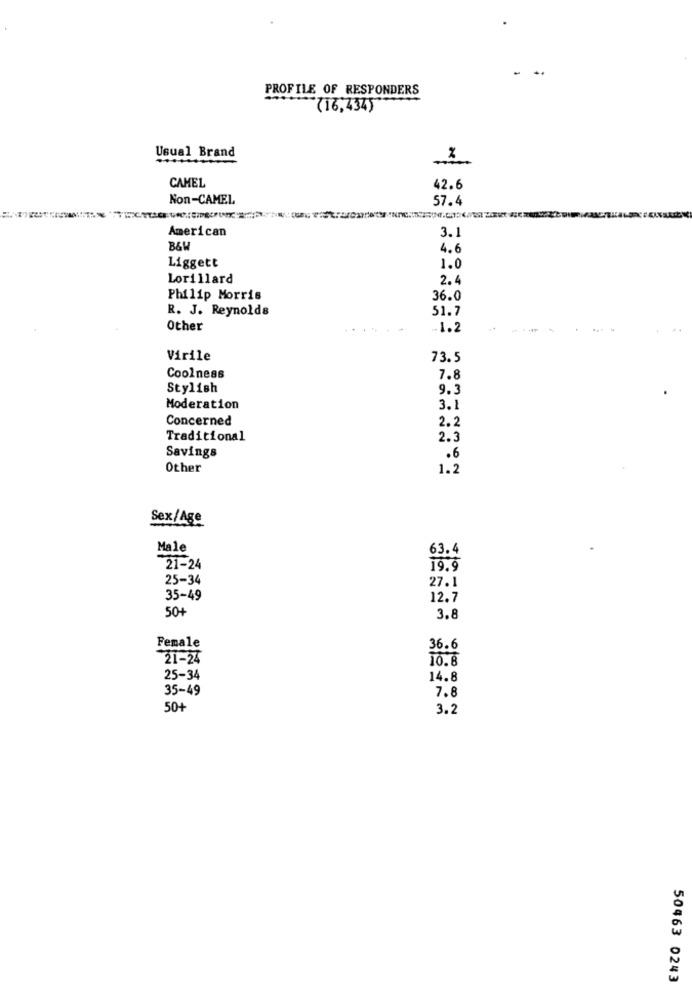
PROFILE OF RESPONDERS
(16,434)
Usual Brand
%
CAMEL
42.6
Non-CAMEL
57.4
American
3.1
B&W
4.6
Liggett
1.0
Lorillard
2.4
Philip Morris
36.0
R. J. Reynolds
51.7
Other
-1.2
Virile
73.5
Coolness
7.8
Stylish
9.3
Moderation
3.1
Concerned
2.2
Traditional
2.3
Savings
.6
Other
1.2
Sex/Age
Male
63.4
21-24
19.9
25-34
27.1
35-49
12.7
504
3.8
Female
36.6
*21-24
10.8
25-34
14.8
35-49
7.8
50+
3.2
50463 0243